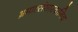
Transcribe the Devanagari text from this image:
भ्रमात्संसारवानिव